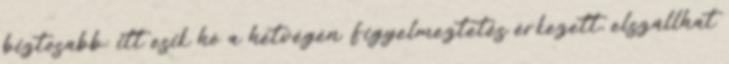
biztosabb: itt esik hó a hétvégén Figyelmeztetés érkezett, elszállhat